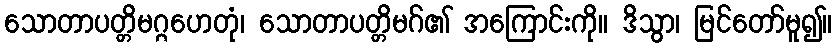
သောတာပတ္တိမဂ္ဂဟေတုံ၊ သောတာပတ္တိမဂ်၏ အကြောင်းကို။ ဒိသွာ၊ မြင်တော်မူ၍။